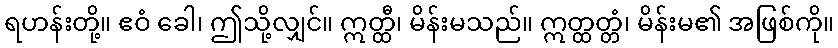
ရဟန်းတို့။ ဧဝံ ခေါ၊ ဤသို့လျှင်။ ဣတ္ထီ၊ မိန်းမသည်။ ဣတ္ထတ္တံ၊ မိန်းမ၏ အဖြစ်ကို။